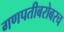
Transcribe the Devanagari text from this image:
गणपतीबरोबरच